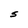
Character: S